Report on horse surra - Volume I
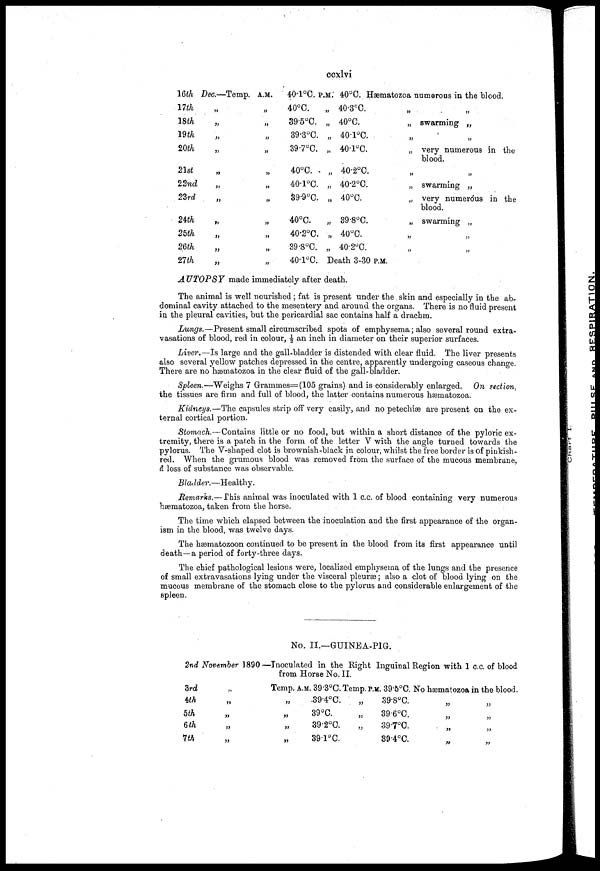
ccxlvi
16th
17th
18th
19th
20th
21st
22nd
23rd
24th
25th
26th
27th
Dec.—
„
„
„
„
„
„
„
„
„
„
„
Temp. A.M.
„
„
„
„
„
„
„
„
„
„
„
40.1°C.
40°C.
39.5°C.
39.3°C.
39.7°C.
40°C.
40.1°C.
39.9°C.
40°C.
40.2°C.
39.8°C.
40.1°C.
P.M.
„
„
„
„
„
„
„
„
„
„
40°C. Hæmatozoa numerous in the blood.
40.3°C.
40°C.
40.1°C.
40.1°C.
40.2°C.
40.2°C.
40°C.
39.8°C.
40°C.
40.2°C.
Death 3.30 P.M.
„
„
„
„
„
„
„
„
„
„
„
swarming „
„
very numerous in the
blood.
„
swarming „
very numeróus in the
blood.
swarming „
„
„
AUTOPSY
made immediately after death.
The animal is well nourished ; fat is present under the skin and especially in the ab-
dominal cavity attached to the mesentery and around the organs. There is no fluid present
in the pleural cavities, but the pericardial sac contains half a drachm.
Lungs.—Present small circumscribed spots of emphysema ; also several round extra-
vasations of blood, red in colour, ½ an inch in diameter on their superior surfaces.
Liver.—Is large and the gall-bladder is distended with clear fluid. The liver presents
also several yellow patches depressed in the centre, apparently undergoing caseous change.
There are no hæmatozoa in the clear fluid of the gall-bladder.
Spleen.—Weighs 7 Grammes—(105 grains) and is considerably enlarged. On section,
the tissues are firm and full of blood, the latter contains numerous hæmatozoa.
Kidneys.—The capsules strip off very easily, and no petechiæ are present on the ex-
ternal cortical portion.
Stomach.—Contains little or no food, but within a short distance of the pyloric ex-
tremity, there is a patch in the form of the letter V with the angle turned towards the
pylorus. The V-shaped clot is brownish-black in colour, whilst the free border is of pinkish-
red. When the grumous blood was removed from the surface of the mucous membrane,
a loss of substance was observable.
Bladder.—Healthy.
Remarks.— This animal was inoculated with 1 c.c. of blood containing very numerous
hæmatozoa, taken from the horse.
The time which elapsed between the inoculation and the first appearance of the organ-
ism in the blood, was twelve days.
The hæmatozoon continued to be present in the blood from its first appearance until
death—a period of forty-three days.
The chief pathological lesions were, localized emphysema of the lungs and the presence
of small extravasations lying under the visceral pleuræ ; also a clot of blood lying on the
mucous membrane of the stomach close to the pylorus and considerable enlargement of the
spleen.
No. II.—GUINEA-PIG.
2nd November 1890—Inoculated in the Right Inguinal Region with 1 c.c. of blood
from Horse No. II.
3rd
4th
5th
6 th
7th
„
„
„
„
„
Temp. A.M. 39.3°C. Temp. P.M.. 39.5°C. No hæmatozoa in the blood.
„
„
„
„
39.4°C.
39°C.
39.2°C.
39.1°C.
„
„
„
39.8°C.
39.6°C.
39.7°C.
39.4°C.
„
„
„
„
„
„
„
„